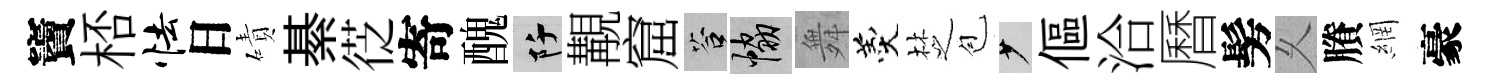
竇桮怯日磧綦徔寄醜阡覯窟答協舞羹椘苞少傴洽曆髣乆賸網豪